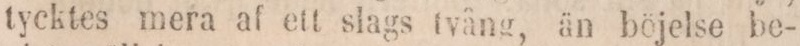
tycktes mera af ett slags tvång, än böjelse be-